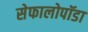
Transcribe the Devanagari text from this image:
सेफालोपॉडा